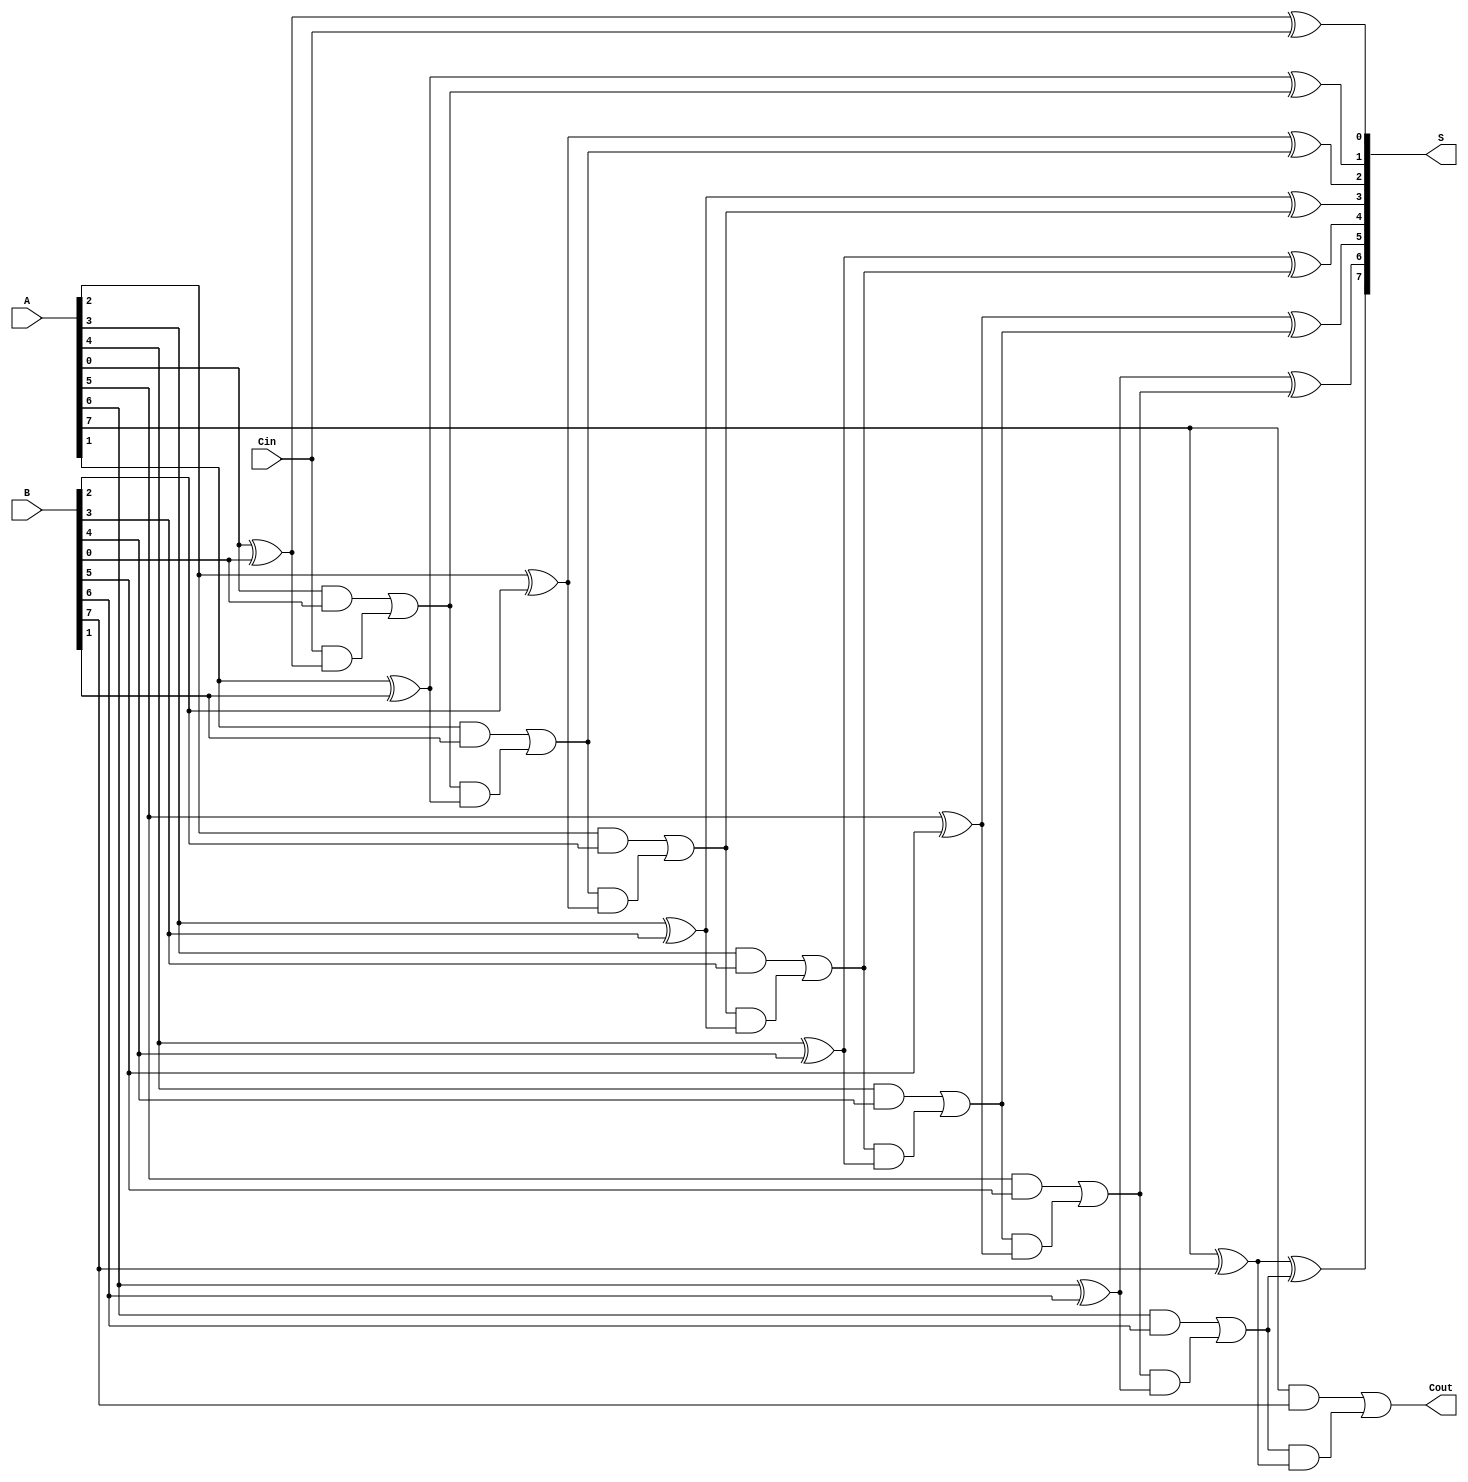
module manchester_carry_chain_adder #(parameter WIDTH = 8) (
    input  wire [WIDTH-1:0] A,      // First binary number
    input  wire [WIDTH-1:0] B,      // Second binary number
    input  wire Cin,                 // Carry-in
    output wire [WIDTH-1:0] S,       // Sum output
    output wire Cout                 // Carry-out
);

    wire [WIDTH:0] carry;            // Carry signals
    assign carry[0] = Cin;           // Initial carry-in

    genvar i;
    generate
        for (i = 0; i < WIDTH; i = i + 1) begin : adder_stage
            // Sum calculation using XOR
            assign S[i] = A[i] ^ B[i] ^ carry[i];

            // Carry generation using AND and OR gates
            assign carry[i + 1] = (A[i] & B[i]) | (carry[i] & (A[i] ^ B[i]));
        end
    endgenerate

    assign Cout = carry[WIDTH];      // Final carry-out

endmodule